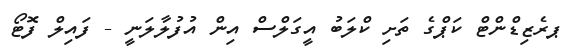
ޕރެޒިޑްންޓް ކަޕްގެ ތަށި ކްލަބު އީގަލްސް އިން އުފުލާލަނީ - ފައިލް ފޮޓޯ